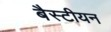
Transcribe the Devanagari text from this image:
बैस्टीयन